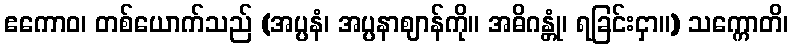
ဧကောဝ၊ တစ်ယောက်သည် (အပ္ပနံ၊ အပ္ပနာဈာန်ကို။ အဓိဂန္တုံ၊ ရခြင်းငှာ။) သက္ကောတိ၊